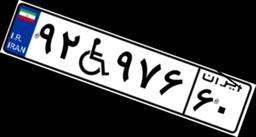
۹۲W۹۷۶۶۰